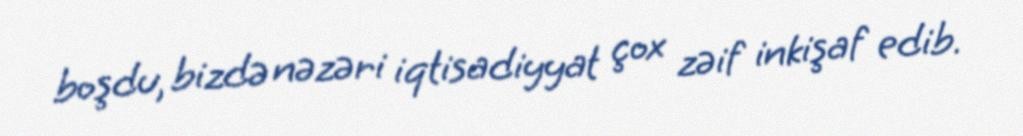
boşdu, bizdə nəzəri iqtisadiyyat çox zəif inkişaf edib.